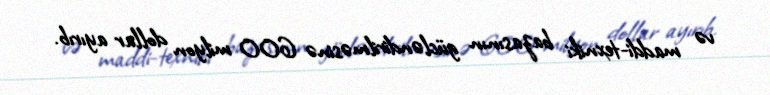
və maddi-texniki bazasının gücləndirilməsinə 600 milyon dollar ayırıb.